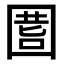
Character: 𡇾